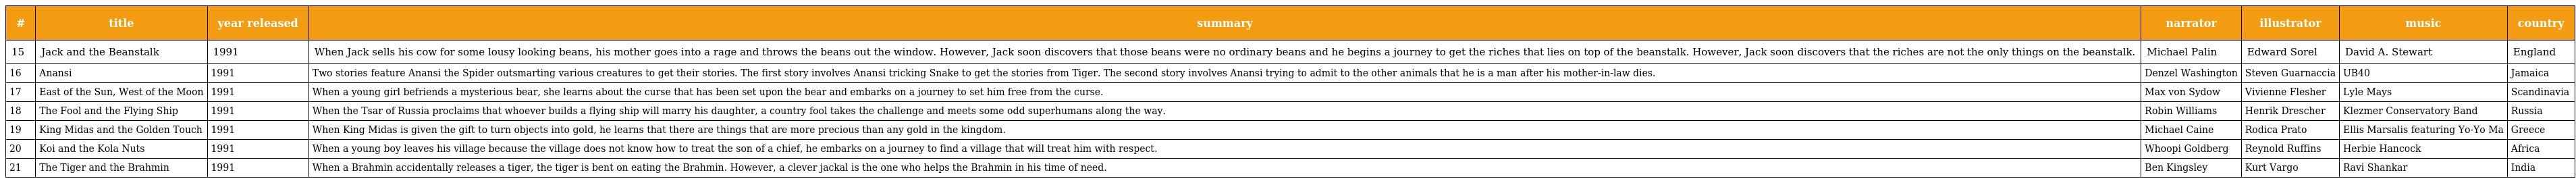
| # | title | year released | summary | narrator | illustrator | music | country |
 | --- | --- | --- | --- | --- | --- | --- | --- |
 | 15 | Jack and the Beanstalk | 1991 | When Jack sells his cow for some lousy looking beans, his mother goes into a rage and throws the beans out the window. However, Jack soon discovers that those beans were no ordinary beans and he begins a journey to get the riches that lies on top of the beanstalk. However, Jack soon discovers that the riches are not the only things on the beanstalk. | Michael Palin | Edward Sorel | David A. Stewart | England |
 | 16 | Anansi | 1991 | Two stories feature Anansi the Spider outsmarting various creatures to get their stories. The first story involves Anansi tricking Snake to get the stories from Tiger. The second story involves Anansi trying to admit to the other animals that he is a man after his mother-in-law dies. | Denzel Washington | Steven Guarnaccia | UB40 | Jamaica |
 | 17 | East of the Sun, West of the Moon | 1991 | When a young girl befriends a mysterious bear, she learns about the curse that has been set upon the bear and embarks on a journey to set him free from the curse. | Max von Sydow | Vivienne Flesher | Lyle Mays | Scandinavia |
 | 18 | The Fool and the Flying Ship | 1991 | When the Tsar of Russia proclaims that whoever builds a flying ship will marry his daughter, a country fool takes the challenge and meets some odd superhumans along the way. | Robin Williams | Henrik Drescher | Klezmer Conservatory Band | Russia |
 | 19 | King Midas and the Golden Touch | 1991 | When King Midas is given the gift to turn objects into gold, he learns that there are things that are more precious than any gold in the kingdom. | Michael Caine | Rodica Prato | Ellis Marsalis featuring Yo-Yo Ma | Greece |
 | 20 | Koi and the Kola Nuts | 1991 | When a young boy leaves his village because the village does not know how to treat the son of a chief, he embarks on a journey to find a village that will treat him with respect. | Whoopi Goldberg | Reynold Ruffins | Herbie Hancock | Africa |
 | 21 | The Tiger and the Brahmin | 1991 | When a Brahmin accidentally releases a tiger, the tiger is bent on eating the Brahmin. However, a clever jackal is the one who helps the Brahmin in his time of need. | Ben Kingsley | Kurt Vargo | Ravi Shankar | India |